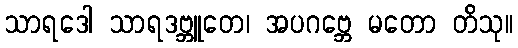
သာရဒေါ သာရဒဗ္ဘူတေ၊ အပဂဗ္ဘေ မတော တိသု။